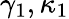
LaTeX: \gamma_{1},\kappa_{1}